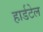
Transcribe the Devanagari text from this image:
हार्डटेल